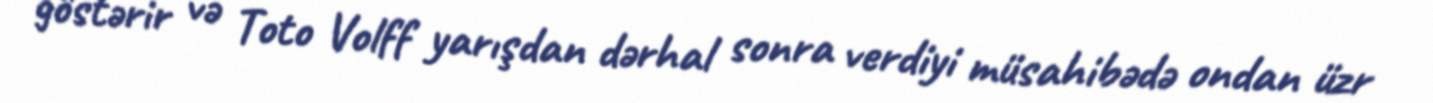
göstərir və Toto Volff yarışdan dərhal sonra verdiyi müsahibədə ondan üzr